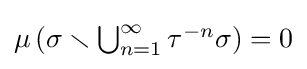
{\textstyle \mu \left(\sigma \smallsetminus \bigcup _{n=1}^{\infty }\tau ^{-n}\sigma \right)=0}